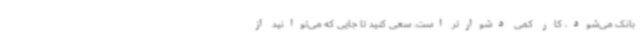
بانک می‌شود، کار کمی دشوارتر است. سعی کنید تا جایی که می‌توانید از